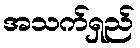
အသက်ရှည်